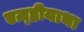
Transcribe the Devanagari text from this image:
एज़्हीयाथा